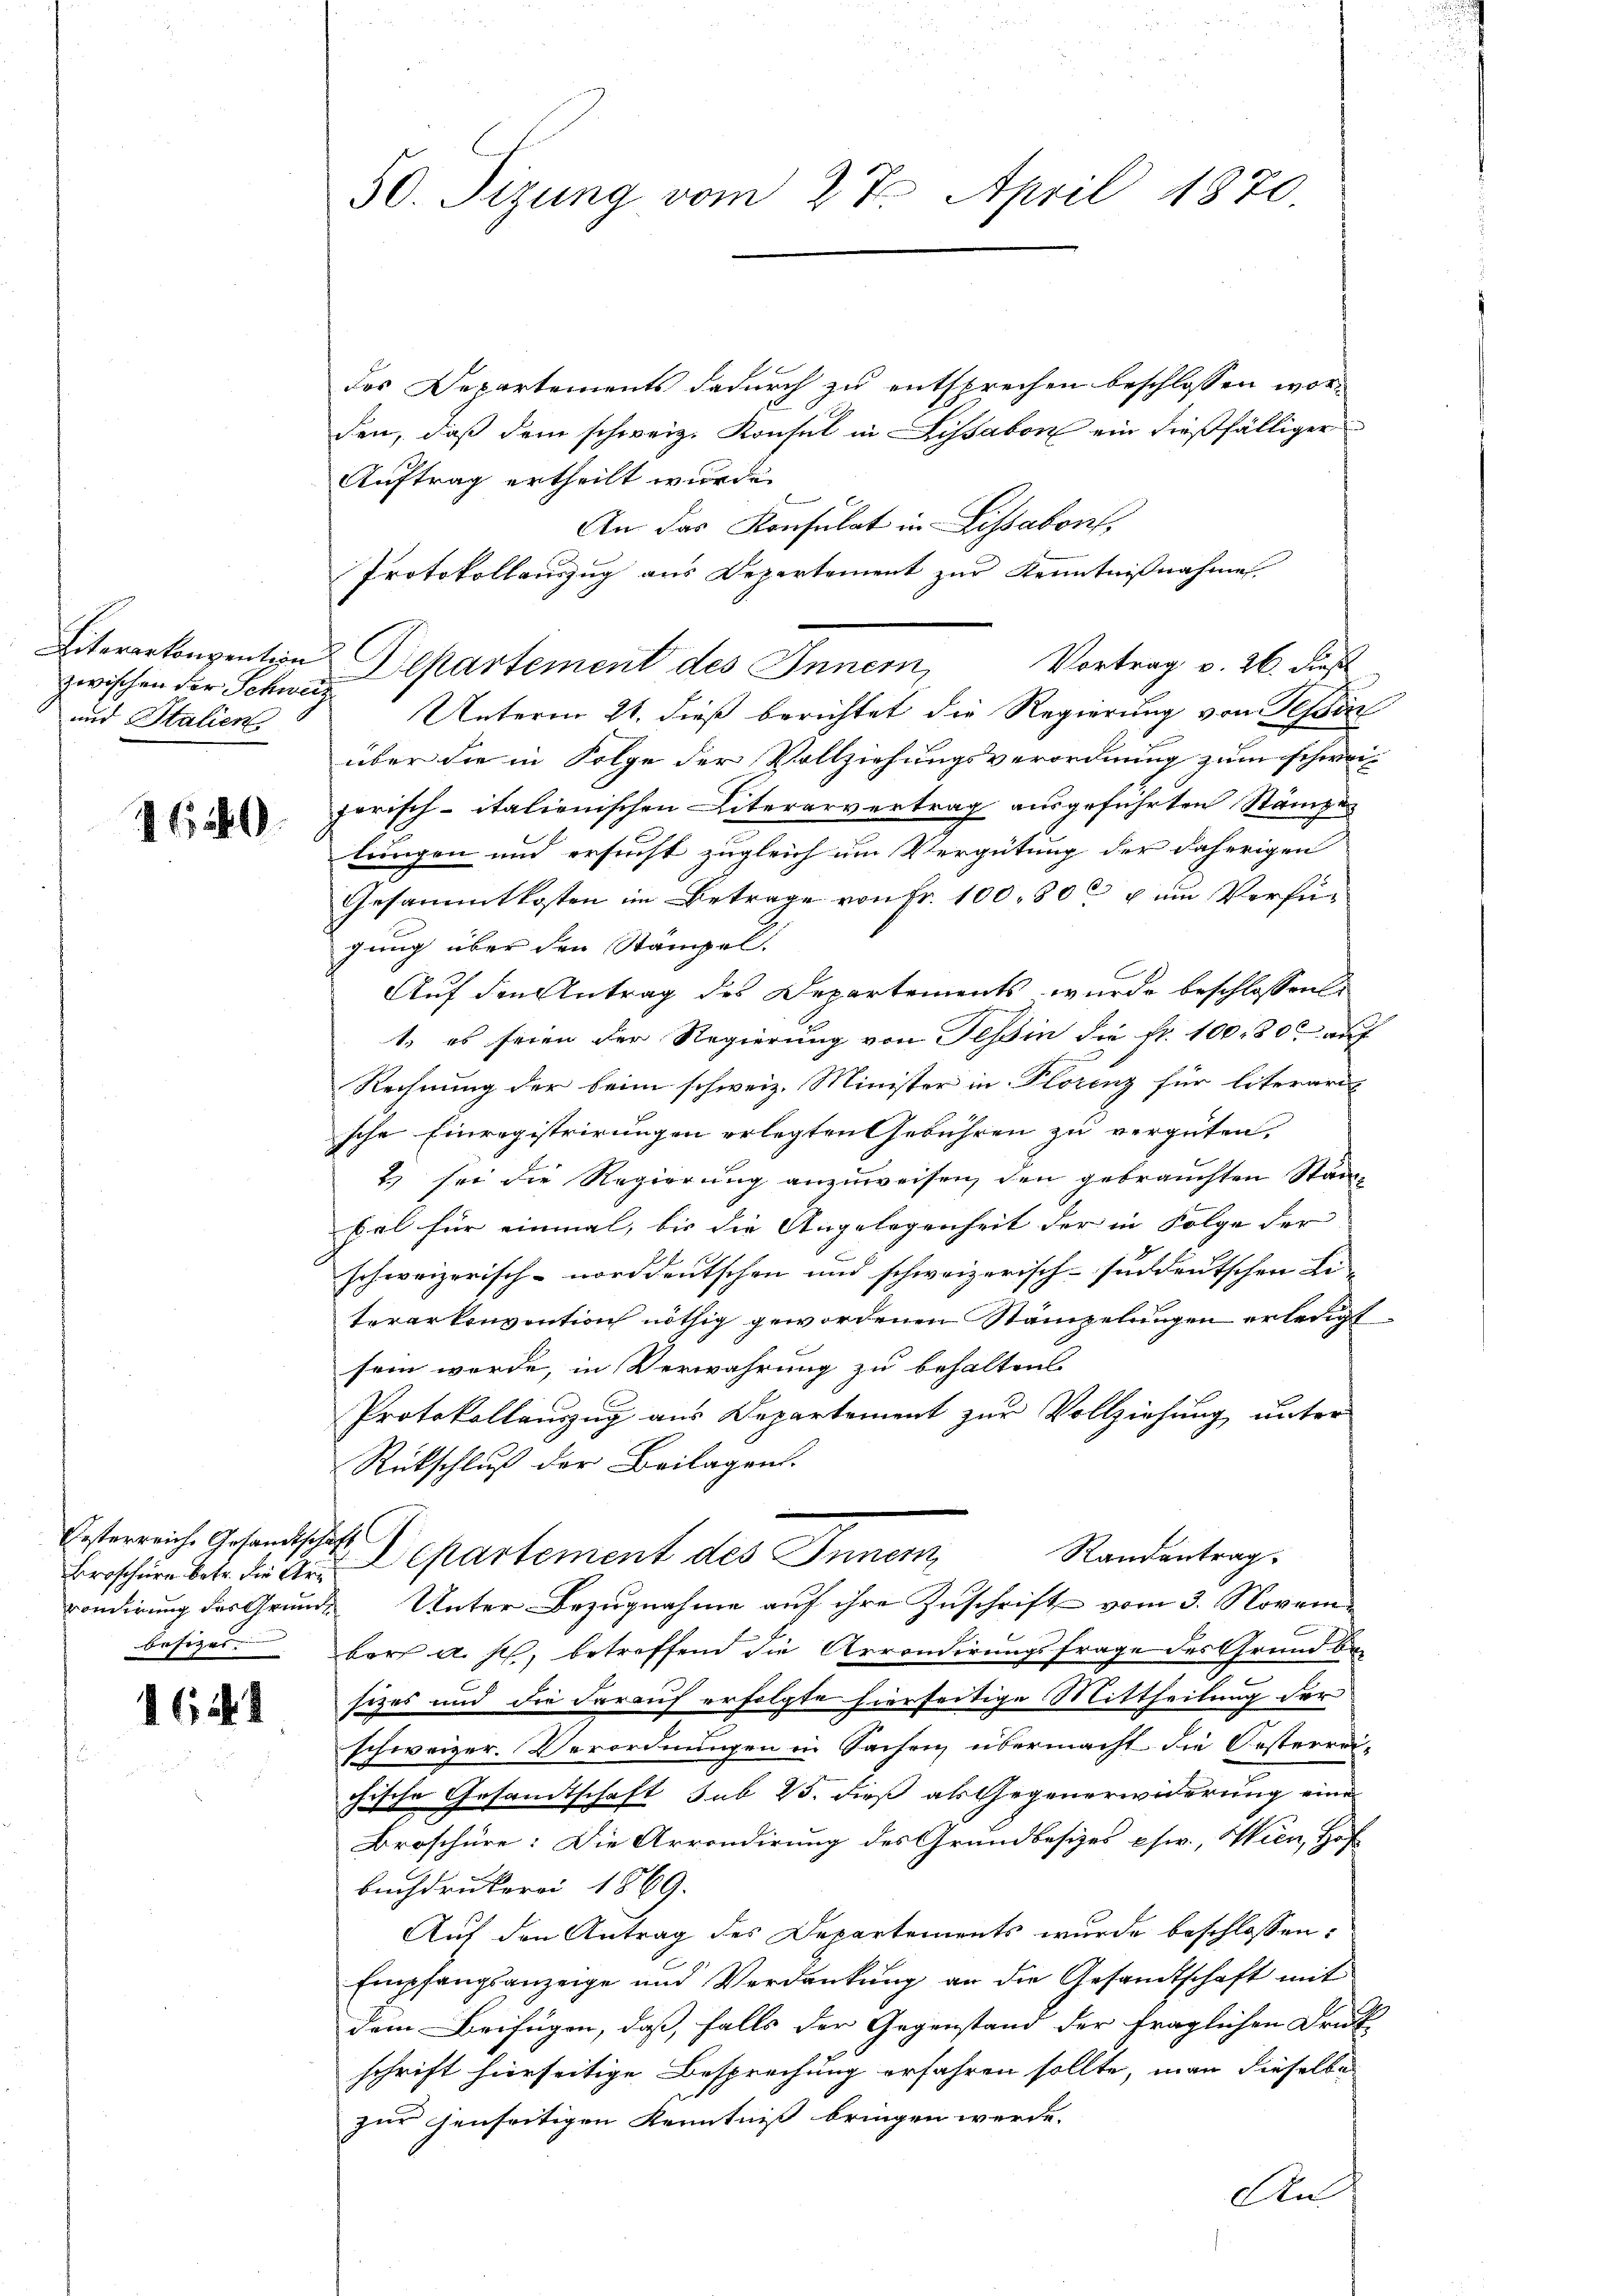
zwischen der Schweiz
und Italien

620.

Oesterreiche Gesandtschaft
besizes

16

50. Tizung vom 27. April 1870.

des Departements dadurch zu entsprechen beschlossen worden, daß dem schweiz. Konsul in Lissabon ein dießfälliger
Auftrag ertheilt wurde.
An das Konsulat in Lissabon,
Protokollauszug aus Departement zur Kenntnißnahme
Eitererkonvention Departement des Innern,
Vortrag v. 26. dieß
Unterm 21. dieß berichtet die Regierung von Teßin
über die in Folge der Vollziehungsverordnung zum schweiporisch-italienischen Literarvertrag ausgeführten Stämpe
lungen und ersucht zugleich um Vergütung der daherigen
Gesammtkosten im Betrage von Fr. 100, 80c u um Verfügung über den Stämpel.
Auf den Antrag des Departements wurde beschlossen
1. es seien der Regierung von Tessin die fr. 10080 auf
Rechnung der beim schweiz. Minister in Plorenz für literaris
sche Einregistrirungen erlegten Gebühren zu vergüten.
2) sei die Regierung anzuweisen, den gebrauchten Stänbal für einmal, bis die Angelegenheit der in Folge der
schweizerisch-norddeutschen und schweizerisch-suddeutschen Be- |
terarkonvention nöthig gewordenen Stämpelungen erledigt.
sein werde, in Verwahrung zu behalten.
Protokollauzug aus Departement zur Vollziehung unter
Rückschluß der Beilagen.
Randantrag.
Broschern betr. der Art. Departement des Innern
rondirung des Grunde Unter Bezugnahme auf ihre Zuschrift vom 3. Novem
ber a. sch, betreffend die Arrondirungsfrage des Grund besizes und die darauf erfolgte hierseitige Mittheilung der
schweizer. Verordnungen in Sachen, übermacht die Oesterrei-
öfische Gesandtschaft, sub 25. dieß als Gegenerwiderung eine
Broschüre: Die Arrondirung des Grundbesizes esw., Wien, Hof
Buchdrukerei 1869.
Auf den Antrag des Departements wurde beschlossen:
Empfangsanzeige und Verdankung an die Gesandtschaft mit
dem Beifügen, daß, falls der Gegenstand der fraglichen Druck-
schrift hierseitige Besprechung erfahren sollte, man dieselbe
zur jenseitigen Kenntniß bringen werde.
An